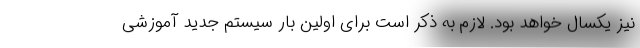
نیز یکسال خواهد بود. لازم به ذکر است برای اولین بار سیستم جدید آموزشی